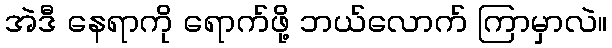
အဲဒီ နေရာကို ရောက်ဖို့ ဘယ်လောက် ကြာမှာလဲ။